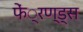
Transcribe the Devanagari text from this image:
फें्रण्ड्स